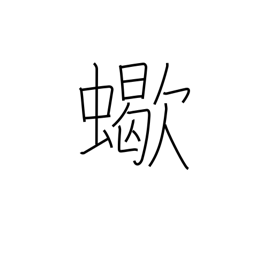
Meaning: scorpion